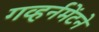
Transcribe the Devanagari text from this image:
गव्हर्नमेंटने